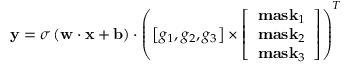
{ \bf { y } } = \sigma \left( { { \bf { w } } \cdot { \bf { x } } + { \bf { b } } } \right) \cdot { \left( { \left[ { { g _ { 1 } } , { g _ { 2 } } , { g _ { 3 } } } \right] \times \left[ \begin{array} { l } { { \bf { m a s } } { { \bf { k } } _ { 1 } } } \\ { { \bf { m a s } } { { \bf { k } } _ { 2 } } } \\ { { \bf { m a s } } { { \bf { k } } _ { 3 } } } \end{array} \right] } \right) ^ { T } }